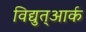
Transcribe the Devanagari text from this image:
विद्युत्आर्क